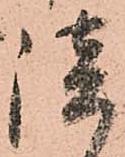
談